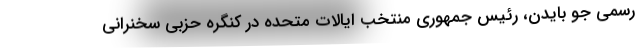
رسمی جو بایدن، رئیس جمهوری منتخب ایالات متحده در کنگره حزبی سخنرانی